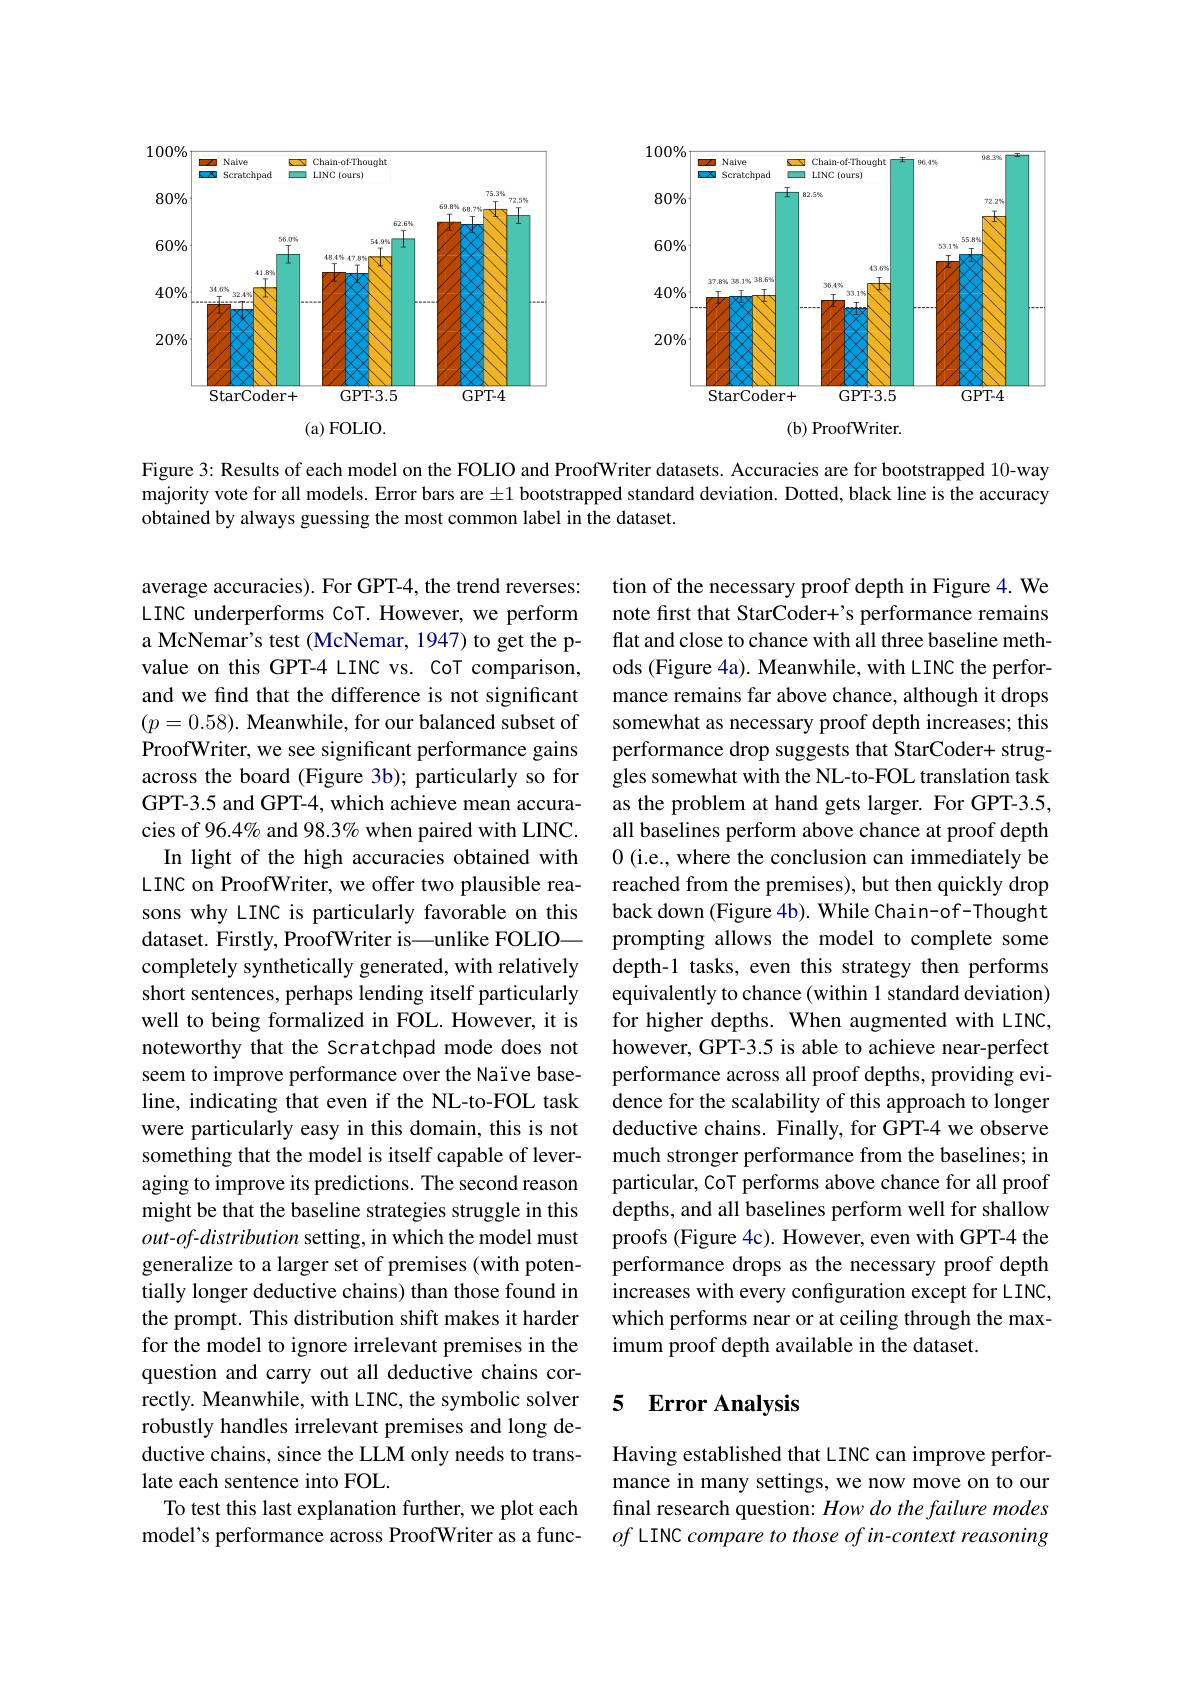
<FigureHere>

Figure 3: Results of each model on the FOLIO and ProofWriter datasets. Accuracies are for bootstrapped 10-way majority vote for all models. Error bars are $\pm1$ bootstrapped standard deviation. Dotted, black line is the accuracy obtained by always guessing the most common label in the dataset.

tion of the necessary proof depth in Figure 4. We note first that StarCoder+'s performance remains flat and close to chance with all three baseline methods (Figure 4a). Meanwhile, with LINC the performance remains far above chance, although it drops somewhat as necessary proof depth increases; this performance drop suggests that StarCoder+ struggles somewhat with the NL-to-FOL translation task as the problem at hand gets larger. For GPT-3.5, all baselines perform above chance at proof depth 0 (i.e., where the conclusion can immediately be reached from the premises), but then quickly drop back down (Figure 4b). While Chain-of-Thought prompting allows the model to complete some depth-1 tasks, even this strategy then performs equivalently to chance (within 1 standard deviation) for higher depths. When augmented with LINC, however, GPT-3.5 is able to achieve near-perfect performance across all proof depths, providing evidence for the scalability of this approach to longer deductive chains. Finally, for GPT-4 we observe much stronger performance from the baselines; in particular, CoT performs above chance for all proof depths, and all baselines perform well for shallow proofs (Figure 4c). However, even with GPT-4 the performance drops as the necessary proof depth increases with every configuration except for LINC, which performs near or at ceiling through the maximum proof depth available in the dataset.

average accuracies). For GPT-4, the trend reverses: LINC underperforms CoT. However, we perform a McNemar's test (McNemar, 1947) to get the pvalue on this GPT-4 LINC vs. CoT comparison, and we find that the difference is not significant $(p=0.58).$ Meanwhile, for our balanced subset of ProofWriter, we see significant performance gains across the board (Figure 3b); particularly so for GPT-3.5 and GPT-4, which achieve mean accuracies of 96.4% and 98.3% when paired with LINC. In light of the high accuracies obtained with LINC on ProofWriter, we offer two plausible reasons why LINC is particularly favorable on this dataset. Firstly, ProofWriter is—unlike FOLIOcompletely synthetically generated, with relatively short sentences, perhaps lending itself particularly well to being formalized in FOL. However, it is noteworthy that the Scratchpad mode does not seem to improve performance over the Naïve baseline, indicating that even if the NL-to-FOL task were particularly easy in this domain, this is not something that the model is itself capable of leveraging to improve its predictions. The second reason might be that the baseline strategies struggle in this $out-of-distribution$ setting, in which the model must generalize to a larger set of premises (with potentially longer deductive chains) than those found in the prompt. This distribution shift makes it harder for the model to ignore irrelevant premises in the question and carry out all deductive chains correctly. Meanwhile, with LINC, the symbolic solver robustly handles irrelevant premises and long deductive chains, since the LLM only needs to translate each sentence into FOL.
To test this last explanation further, we plot each model's performance across ProofWriter as a func-

## 5 Error Analysis

Having established that LINC can improve performance in many settings, we now move on to our final research question: How do the failure modes $of$ LINC compare to those of in-context reasoning